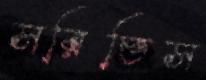
সরিতিস